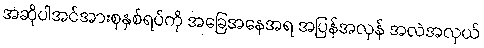
အဆိုပါအင်အားစုနှစ်ရပ်ကို အခြေအနေအရ အပြန်အလှန် အလဲအလှယ်